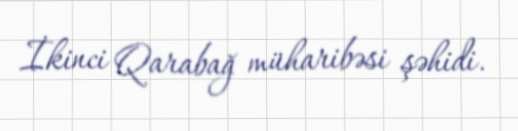
İkinci Qarabağ müharibəsi şəhidi.